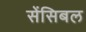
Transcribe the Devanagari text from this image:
सेंसिबल